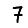
Digit: 7